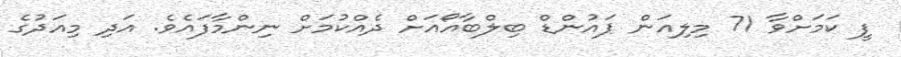
ފީ ކަމަށްވާ 71 މިލިއަން ޕައުންޑް ބިލްބާއޯއަށް ދެއްކުމަށް ނިންމާފައެވެ. އަދި މިއަދުގެ